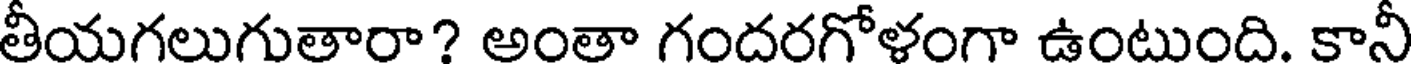
తీయగలుగుతారా? అంతా గందరగోళంగా ఉంటుంది. కానీ